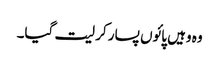
وہ وہیں پائوں پسار کر لیت گیا۔